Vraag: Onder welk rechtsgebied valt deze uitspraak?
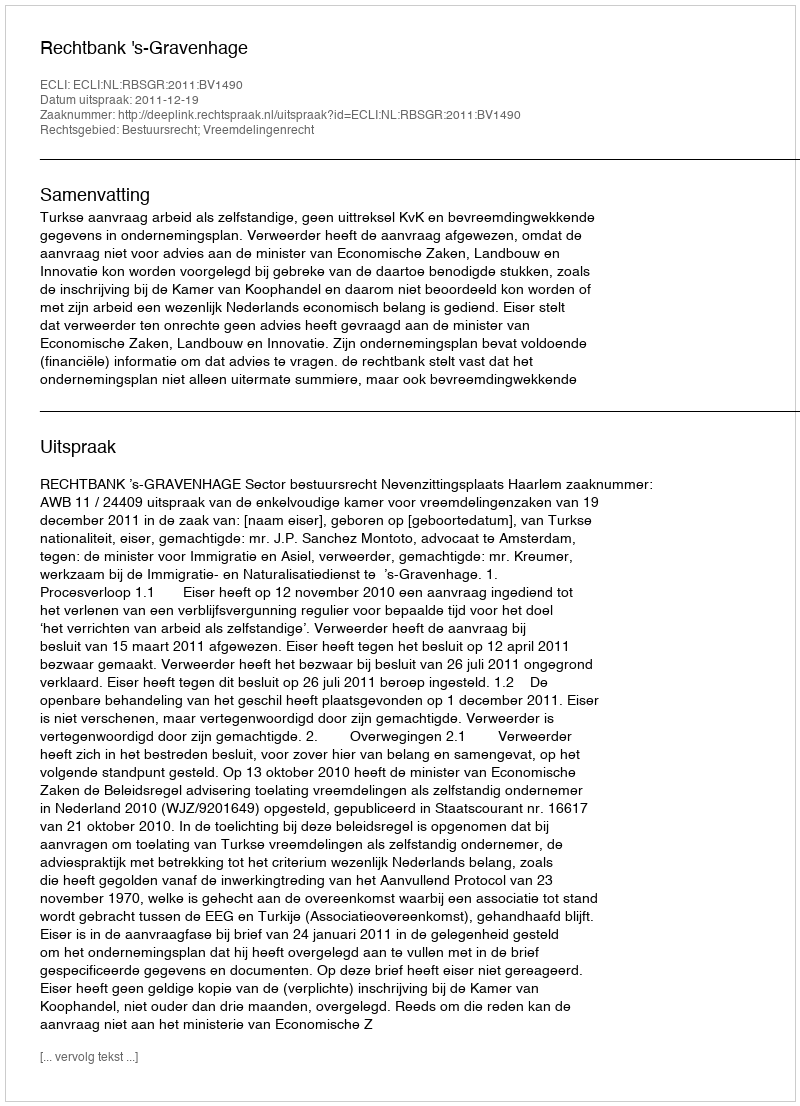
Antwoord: Bestuursrecht; Vreemdelingenrecht